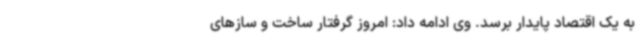
به یک اقتصاد پایدار برسد. وی ادامه داد: امروز گرفتار ساخت و سازهای